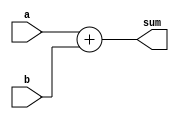

module BlackBoxAdder(
    input [31:0] a,
    input [31:0] b,
    output [31:0] sum
);

assign sum = a + b;

endmodule